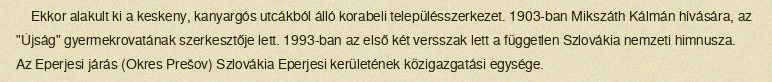
Ekkor alakult ki a keskeny, kanyargós utcákból álló korabeli településszerkezet. 1903-ban Mikszáth Kálmán hívására, az "Újság" gyermekrovatának szerkesztője lett. 1993-ban az első két versszak lett a független Szlovákia nemzeti himnusza. Az Eperjesi járás (Okres Prešov) Szlovákia Eperjesi kerületének közigazgatási egysége.